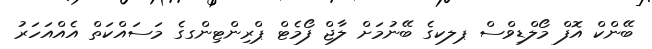
ބޭންކް އޮފް މޯލްޑިވްސް ޕލކގެ ބޭނުމަށް ލާޖް ފޯމެޓް ޕްރިންޓިންގގެ މަސައްކަތް އެއްއަހަރު